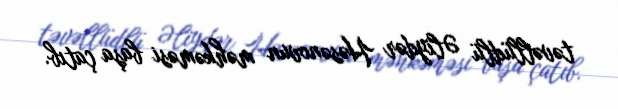
təvəllüdlü Əliydər Həsənovun məhkəməsi başa çatıb.